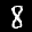
Label: 8